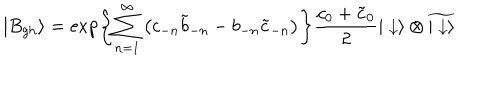
| B _ { \mathrm { g h } } \rangle = \exp \left\{ \sum _ { n = 1 } ^ { \infty } \left( c _ { - n } { \tilde { b } } _ { - n } - b _ { - n } { \tilde { c } } _ { - n } \right) \right\} { \frac { c _ { 0 } + { \tilde { c } } _ { 0 } } { 2 } } | \downarrow \rangle \otimes \widetilde { | \downarrow \rangle }